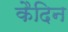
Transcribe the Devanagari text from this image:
कैदिन